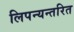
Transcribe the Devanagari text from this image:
लिपन्यन्तरित